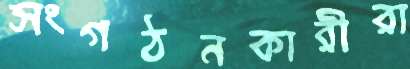
সংগঠনকারীরা